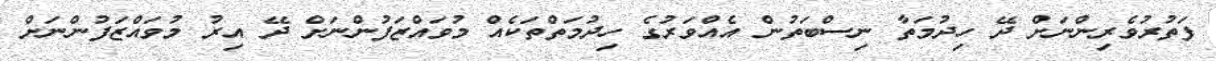
ފަތުރުވެރިންނަށް ދޭ ހިދުމަތާ ނިސްބަތުން އެއްވަރުގެ ހިދުމަތްތަކެއް މުވައްޒަފުންނަށް ދޭ އިރު މުވައްޒަފުންނަށް